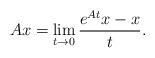
LaTeX: \begin{align*}Ax=\lim\limits_{t\rightarrow 0} \frac{e^{A t}x - x}{t}.\end{align*}